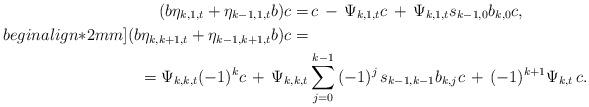
LaTeX: \begin{align*} ( b \eta_{k,1,t} + \eta_{k-1,1,t} b) c = & \, c \, - \, \Psi_{k,1,t} c \, + \, \Psi_{k,1,t} s_{k-1,0} b_{k,0} c , \\begin{align*}2mm] ( b \eta_{k,k+1,t} + \eta_{k-1,k+1,t} b ) c = & \\ = \Psi_{k,k,t} (-1)^k c \, + \, \Psi_{k,k,t} & \sum_{j=0}^{k-1} \, (-1)^j \, s_{k-1,k-1} b_{k,j} c \, + \, (-1)^{k+1} \Psi_{k,t} \, c . \end{align*}